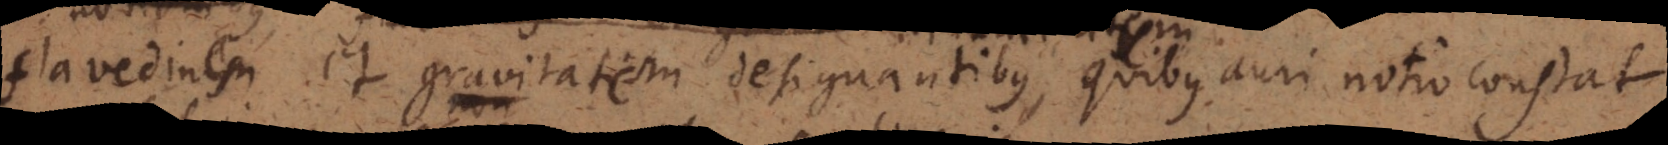
flavedinem et gravitatem designantibus, quibus auri notio constat